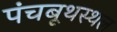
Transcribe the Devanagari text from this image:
पंचबूथस्थल